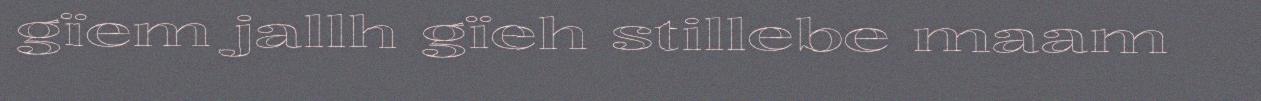
gïem jallh gïeh stillebe maam